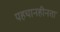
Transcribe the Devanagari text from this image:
पहचानहीनता